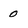
Character: 0